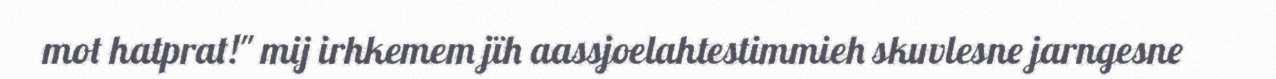
mot hatprat!" mij irhkemem jïh aassjoelahtestimmieh skuvlesne jarngesne